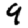
Digit: 9